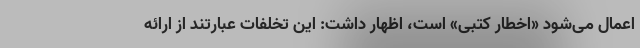
اعمال می‌شود «اخطار کتبی» است، اظهار داشت: این تخلفات عبارتند از ارائه